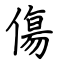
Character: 傷